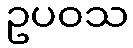
ဥပဝသ